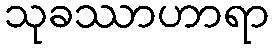
သုခဿာဟာရာ